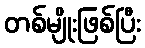
တစ်မျိုးဖြစ်ပြီး